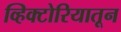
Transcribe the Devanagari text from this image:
व्हिक्टोरियातून